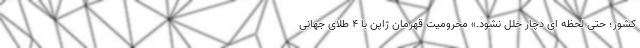
کشور؛ حتی لحظه ای دچار خلل نشود.» محرومیت قهرمان ژاپن با 4 طلای جهانی